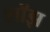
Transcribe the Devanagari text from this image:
शॉझ